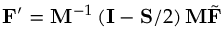
\mathbf { F } ^ { \prime } = \mathbf { M } ^ { - 1 } \left( \mathbf { I } - \mathbf { S } / 2 \right) \mathbf { M } \tilde { \mathbf { F } }